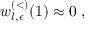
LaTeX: w _ { l , \epsilon } ^ { ( < ) } ( 1 ) \approx 0 \; ,